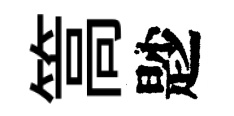
篙尟